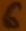
Text: 6